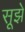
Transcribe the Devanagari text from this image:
सूझे